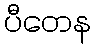
ပီတေန